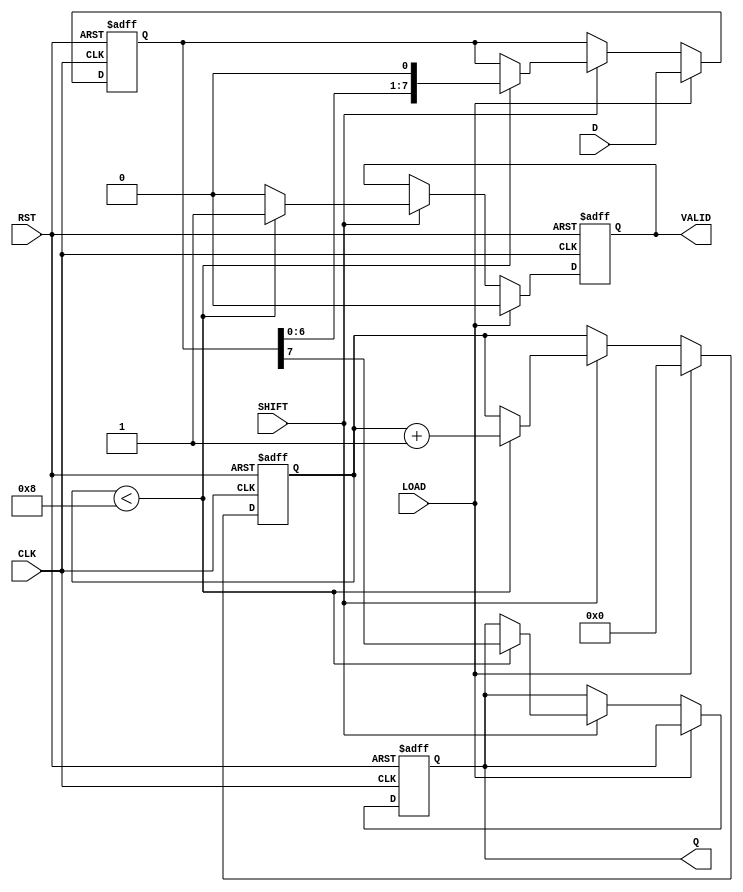
module PISO_Register #(
    parameter WIDTH = 8 // Width of the register
)(
    input wire [WIDTH-1:0] D,      // Parallel data input
    input wire LOAD,                // Load control signal
    input wire SHIFT,               // Shift control signal
    input wire CLK,                 // Clock signal
    input wire RST,                 // Asynchronous reset signal
    output reg Q,                   // Serial output
    output reg VALID                // Data valid signal
);

    reg [WIDTH-1:0] storage;        // Storage register
    reg [3:0] shift_counter;         // Counter for shifted bits

    // Asynchronous reset
    always @(posedge CLK or posedge RST) begin
        if (RST) begin
            storage <= 0;            // Clear storage register
            Q <= 0;                  // Clear serial output
            VALID <= 0;              // Clear valid signal
            shift_counter <= 0;       // Reset shift counter
        end else begin
            if (LOAD) begin
                storage <= D;        // Load data into storage register
                shift_counter <= 0;   // Reset shift counter
                VALID <= 0;           // Clear valid signal
            end else if (SHIFT) begin
                if (shift_counter < WIDTH) begin
                    Q <= storage[WIDTH-1]; // Output MSB
                    storage <= {storage[WIDTH-2:0], 1'b0}; // Shift left
                    shift_counter <= shift_counter + 1; // Increment counter
                    VALID <= 1; // Data is valid during shifting
                end else begin
                    VALID <= 0; // No valid data after shifting is complete
                end
            end
        end
    end

endmodule